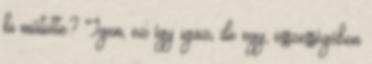
ki műtötte? Igen, ez így igaz, de egy, összességében